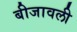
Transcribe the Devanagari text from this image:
बीजावली